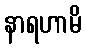
နာရဟာမိ